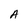
Character: A